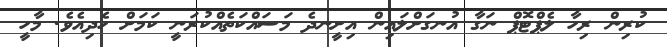
ކުރިން ރިހާ ލެޕްޓޮޕް ނަގާ އުނގަށްލައިން އިށީނދެ މަސައްކަތެއްކުރަނީ ކަމަށް ހެދިއެވެ. މާހީ